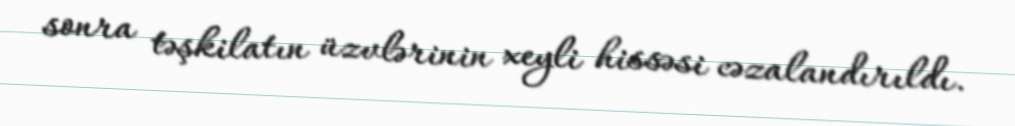
sonra təşkilatın üzvlərinin xeyli hissəsi cəzalandırıldı.